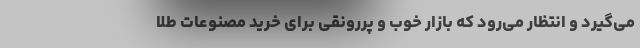
می‌گیرد و انتظار می‌رود که بازار خوب و پررونقی برای خرید مصنوعات طلا